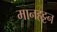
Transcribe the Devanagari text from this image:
मानहट्टन